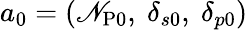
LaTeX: a_{0}=(\mathscr{N}_{\mathrm{{P}}0},~\delta_{s0},~\delta_{p0})